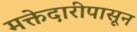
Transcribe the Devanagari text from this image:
मक्तेदारीपासून